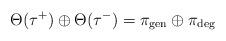
LaTeX: \begin{align*} \Theta(\tau^+) \oplus \Theta(\tau^-) = \pi_{\rm gen} \oplus \pi_{\rm deg} \end{align*}